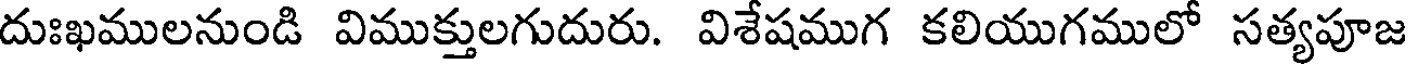
దుఃఖములనుండి విముక్తులగుదురు. విశేషముగ కలియుగములో సత్యపూజ